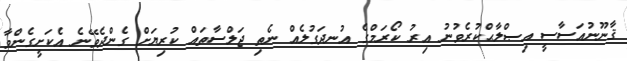
ޤާނޫނުއަސާސީ އިޞްލާޙްކުރެވުނު އިރު ކޯރަމްގެ އުނދަގުލެއް ނެތި ޖަލްސާތައް ކުރިޔަށް ގެންދެވޭނެ އެކަށީގެންވާ